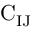
\mathrm { C _ { I J } }